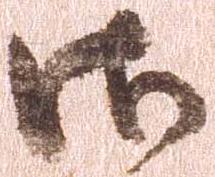
御